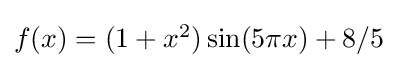
\textstyle f(x)=(1+x^{2})\sin(5\pi x)+8/5